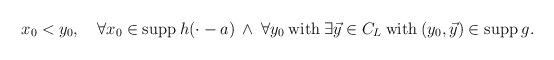
LaTeX: \begin{align*}x_0<y_0,\quad\forall x_0\in{\rm supp}\>h(\cdot -a)\>\wedge\>\forall y_0\>{\rm with}\>\exists \vec y\in C_L\> {\rm with}\> (y_0,\vec y)\in{\rm supp}\>g.\end{align*}